Vaccination in Bombay 1874-1876 - 1874-1876
Year: 1874
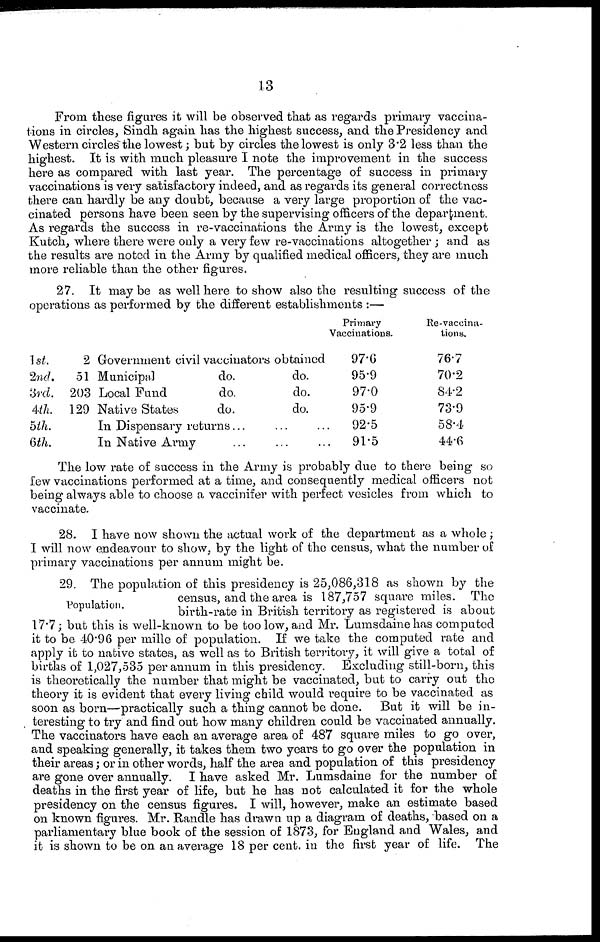
13
From these figures it will be observed that as regards primary vaccina-
tions in circles, Sindh again has the highest success, and the Presidency and
Western circles the lowest; but by circles the lowest is only 3.2 less than the
highest. It is with much pleasure I note the improvement in the success
here as compared with last year. The percentage of success in primary
vaccinations is very satisfactory indeed, and as regards its general correctness
there can hardly be any doubt, because a very large proportion of the vac-
cinated persons have been seen by the supervising officers of the department.
As regards the success in re-vaccinations the Army is the lowest, except
Kutch, where there were only a very few re-vaccinations altogether ; and as
the results are noted in the Army by qualified medical officers, they are much
more reliable than the other figures.
27. It may be as well here to show also the resulting success of the
operations as performed by the different establishments :—
1 st.
2nd.
3rd.
4th.
5th.
6th.
2 Government civil vaccinators obtained
51 Municipal
do.
do.
203 Local Fund
do.
do.
129 Native States
do.
do.
In Dispensary returns...
In Native Army
Primary
Vaccinations.
97.6
95.9
97.0
95.9
92.5
91.5
Re-vaccina-
tions.
76.7
70.2
84.2
73.9
58.4
44.6
The low rate of success in the Army is probably due to there being so
few vaccinations performed at a time, and consequently medical officers not
being always able to choose a vaccinifer with perfect vesicles from which to
vaccinate.
28. I have now shown the actual work of the department as a whole ;
I will now endeavour to show, by the light of the census, what the number of
primary vaccinations per annum might be.
Population.
29. The population of this presidency is 25,086,318 as shown by the
census, and the area is 187,757 square miles. The
birth-rate in British territory as registered is about
17.7; but this is well-known to be too low, and Mr. Lumsdaine has computed
it to be 40.96 per mille of population. If we take the computed rate and
apply it to native states, as well as to British territory, it will give a total of
births of 1,027,535 per annum in this presidency. Excluding still-born, this
is theoretically the number that might be vaccinated, but to carry out the
theory it is evident that every living child would require to be vaccinated as
soon as born—practically such a thing cannot be done. But it will be in-
teresting to try and find out how many children could be vaccinated annually.
The vaccinators have each an average area of 487 square miles to go over,
and speaking generally, it takes them two years to go over the population in
their areas; or in other words, half the area and population of this presidency
are gone over annually. I have asked Mr. Lumsdaine for the number of
deaths in the first year of life, but he has not calculated it for the whole
presidency on the census figures. I will, however, make an estimate based
on known figures. Mr. Randle has drawn up a diagram of deaths, based on a
parliamentary blue book of the session of 1873, for England and Wales, and
it is shown to be on an average 18 per cent. in the first year of life. The